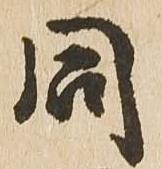
同